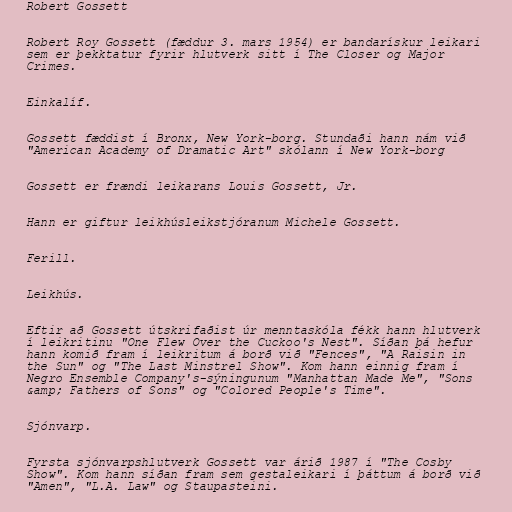
Robert Gossett

Robert Roy Gossett (fæddur 3. mars 1954) er bandarískur leikari
sem er þekktatur fyrir hlutverk sitt í The Closer og Major
Crimes.

Einkalíf.

Gossett fæddist í Bronx, New York-borg. Stundaði hann nám við
"American Academy of Dramatic Art" skólann í New York-borg

Gossett er frændi leikarans Louis Gossett, Jr.

Hann er giftur leikhúsleikstjóranum Michele Gossett.

Ferill.

Leikhús.

Eftir að Gossett útskrifaðist úr menntaskóla fékk hann hlutverk
í leikritinu "One Flew Over the Cuckoo's Nest". Síðan þá hefur
hann komið fram í leikritum á borð við "Fences", "A Raisin in
the Sun" og "The Last Minstrel Show". Kom hann einnig fram í
Negro Ensemble Company's-sýningunum "Manhattan Made Me", "Sons
&amp; Fathers of Sons" og "Colored People's Time".

Sjónvarp.

Fyrsta sjónvarpshlutverk Gossett var árið 1987 í "The Cosby
Show". Kom hann síðan fram sem gestaleikari í þáttum á borð við
"Amen", "L.A. Law" og Staupasteini.